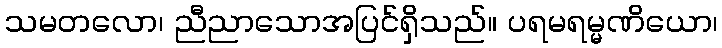
သမတလော၊ ညီညာသောအပြင်ရှိသည်။ ပရမရမ္မဏိယော၊